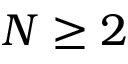
N \geq 2